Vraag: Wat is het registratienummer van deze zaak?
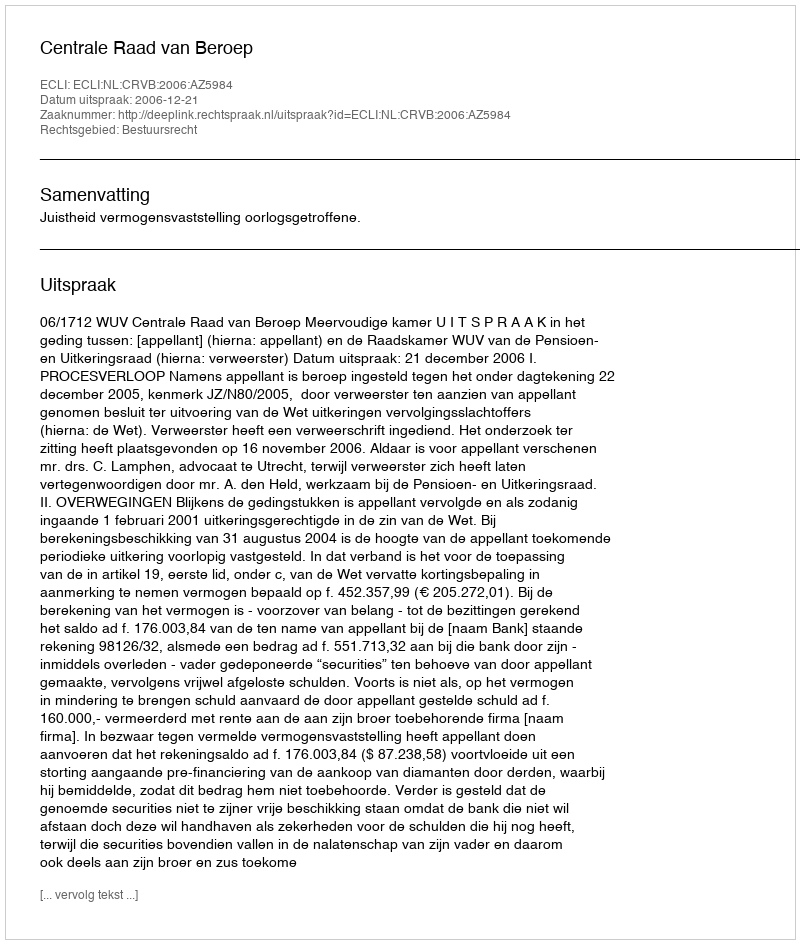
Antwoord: http://deeplink.rechtspraak.nl/uitspraak?id=ECLI:NL:CRVB:2006:AZ5984